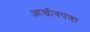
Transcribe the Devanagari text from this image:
आखीवपणा